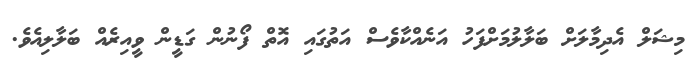
މިޝަލް އެދިމާލަށް ބަލާލުމަށްފަހު އަނެއްކާވެސް އަތުގައި އޮތް ފޯނުން ގަޑީން ވީއިރެއް ބަލާލިއެވެ.